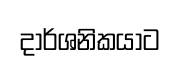
දාර්ශනිකයාට